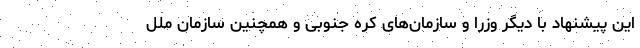
این پیشنهاد با دیگر وزرا و سازمان‌های کره جنوبی و همچنین سازمان ملل